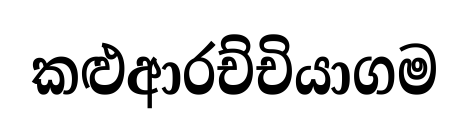
කළුආරච්චියාගම